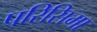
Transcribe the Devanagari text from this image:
परिसिमा